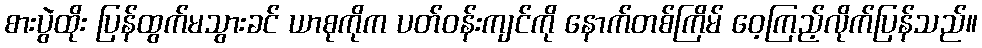
စားပွဲထိုး ပြန်ထွက်မသွားခင် ယာစုကိုက ပတ်ဝန်းကျင်ကို နောက်တစ်ကြိမ် ဝေ့ကြည့်လိုက်ပြန်သည်။